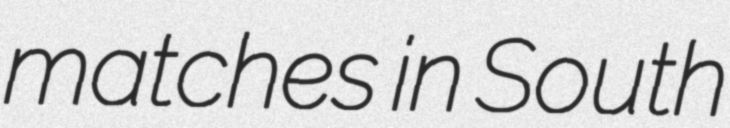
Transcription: matches in South